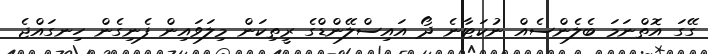
ގޭގަ އޮތްނަމަ ބެލެންސެއް ނުކަޓާނެ ދޯ އައިސްލޭންޑްގެ ރީތިކަން މިލަވައިން ފެނިގެން ހިނގައްޖެ